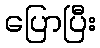
ပြောပြီး